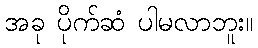
အခု ပိုက်ဆံ ပါမလာဘူး။